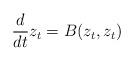
LaTeX: \begin{align*}\frac{d}{dt} z_t = B(z_t,z_t)\end{align*}